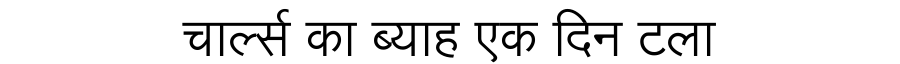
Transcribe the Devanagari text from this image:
चार्ल्स का ब्याह एक दिन टला